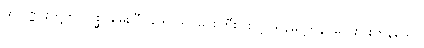
ထိုပုဏ္ဏားတို့ကို။ ပုစ္ဆိ၊ မေးပြီ။ ဒေဝ၊ ရှင်မင်းကြီး။ စတ္တာရိနိမိတ္တာနိ၊ လေးပါးကုန်သော